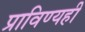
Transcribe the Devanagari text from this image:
प्राविण्यही